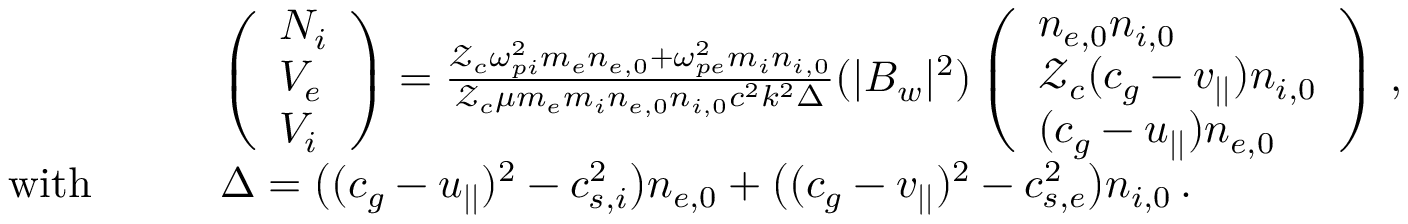
\begin{array} { r l } & { \left( \begin{array} { l } { N _ { i } } \\ { V _ { e } } \\ { V _ { i } } \end{array} \right) = \frac { \mathcal { Z } _ { c } \omega _ { p i } ^ { 2 } m _ { e } n _ { e , 0 } + \omega _ { p e } ^ { 2 } m _ { i } n _ { i , 0 } } { \mathcal { Z } _ { c } \mu m _ { e } m _ { i } n _ { e , 0 } n _ { i , 0 } c ^ { 2 } k ^ { 2 } \Delta } ( | B _ { w } | ^ { 2 } ) \left( \begin{array} { l } { n _ { e , 0 } n _ { i , 0 } } \\ { \mathcal { Z } _ { c } ( c _ { g } - v _ { | | } ) n _ { i , 0 } } \\ { ( c _ { g } - u _ { | | } ) n _ { e , 0 } } \end{array} \right) \, , } \\ { \mathrm { w i t h } \qquad } & { \Delta = \big ( ( c _ { g } - u _ { | | } ) ^ { 2 } - c _ { s , i } ^ { 2 } \big ) n _ { e , 0 } + \big ( ( c _ { g } - v _ { | | } ) ^ { 2 } - c _ { s , e } ^ { 2 } \big ) n _ { i , 0 } \, . } \end{array}